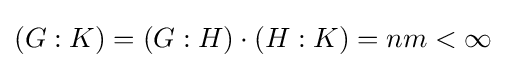
(G:K)=(G:H)\cdot (H:K)=nm<\infty